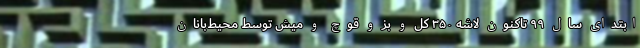
ابتدای سال ۹۹ تاکنون لاشه ۳۵۰ کل و بز و قوچ و میش توسط محیط‌بانان